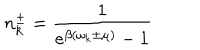
LaTeX: n _ { k } ^ { \pm } = \frac { 1 } { e ^ { \beta ( \omega _ { k } \pm \mu ) } - 1 }